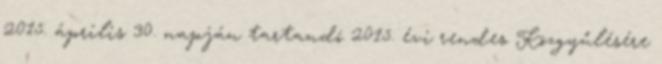
2015. április 30. napján tartandó 2015. évi rendes Közgyűlésére